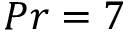
P r = 7